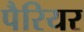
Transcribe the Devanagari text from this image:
पैरियर